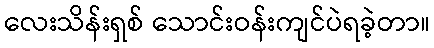
လေးသိန်းရှစ် သောင်းဝန်းကျင်ပဲရခဲ့တာ။